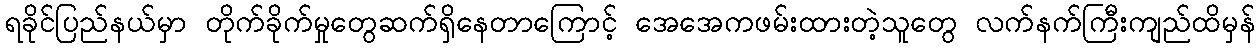
ရခိုင်ပြည်နယ်မှာ တိုက်ခိုက်မှုတွေဆက်ရှိနေတာကြောင့် အေအေကဖမ်းထားတဲ့သူတွေ လက်နက်ကြီးကျည်ထိမှန်